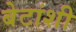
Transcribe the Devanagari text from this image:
बेटांशी